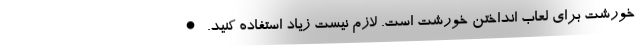
خورشت برای لعاب انداختن خورشت است. لازم نیست زیاد استفاده کنید. •